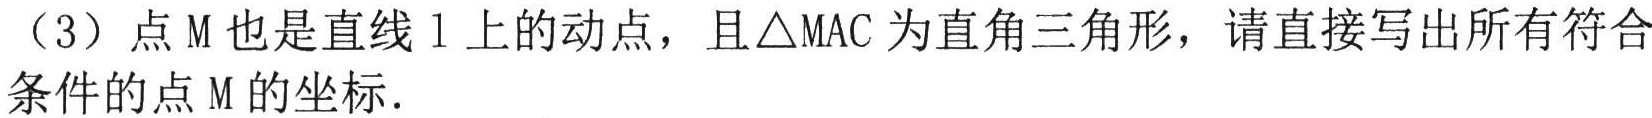
（3）点\(M\)也是直线\(l\)上的动点，且\(\triangle MAC\)为直角三角形，请直接写出所有符合条件的点\(M\)的坐标.